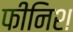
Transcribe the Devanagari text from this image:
फीनिश